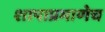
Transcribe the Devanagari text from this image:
शापाप्रमाणेच